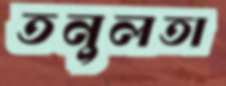
তনুলতা